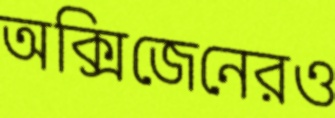
অক্সিজেনেরও